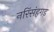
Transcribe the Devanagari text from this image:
नरिंसंहगड़